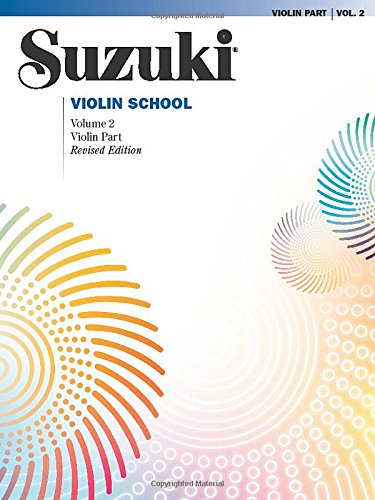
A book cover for Suzuki Violin School Volume 2 Violin Part (Revised Edition) (Suzuki Violin School, Violin Part); Dr. Shinichi Suzuki; Humor & Entertainment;